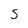
Character: 5